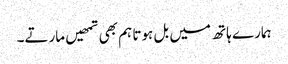
ہمارے ہاتھ میں بل ہوتا ہم بھی تمھیں مارتے۔